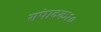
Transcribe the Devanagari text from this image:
संपादक१०